Report of the Municipal Commissioner on the plague in Bombay for the year ending 31st May... - Volume 2
Disease focus: Plague
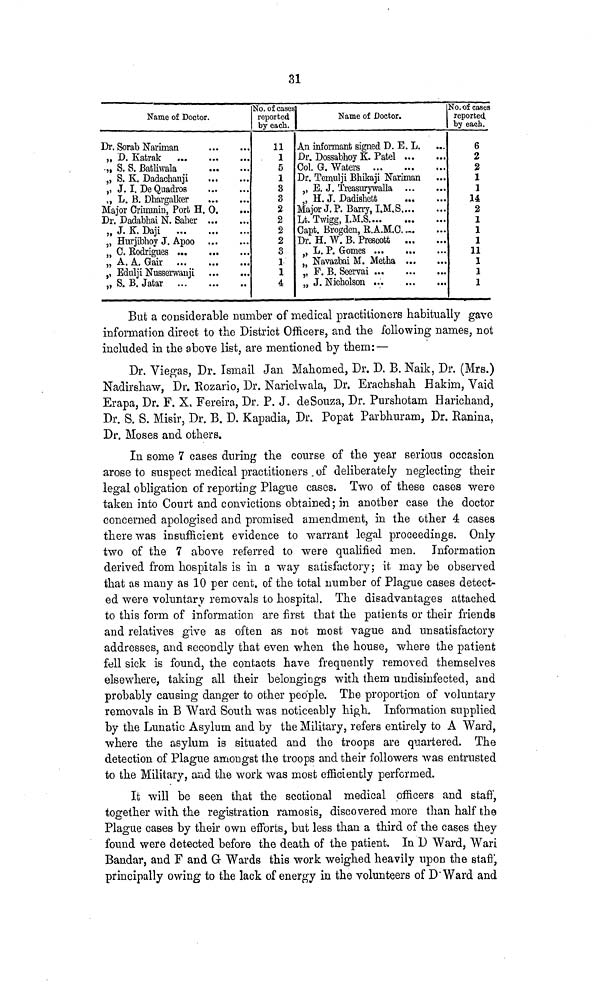
31
Name of Doctor.
Dr. Sorab Nariman
„ D. Katrak
-„ S. S. Batliwala
,, S. K. Dadachanji
,, J. I. DeQuadros
,, L. B. Dhargalker
..
Major Criimmin, Port H. O
Dr. Dadabhai N. Saher ..
„ J. K. Daji
„ Hurjibhoy J. Apoo ..
„ C. Rodrigues
„ A. A. Gair
,, Edulji Nusserwauji
„ S. B. Jatar
No. of cases
reported
by each.
11
1
5
1
3
3
2
2
2
2
3
1
1
4
Name of Doctor.
An informant signed D. E L.
Dr. Dossabhoy K. Patel
Col. G. Waters ...
Dr. Teinulji Bhikaji Nariman
,, E. J. Treasurywalla
, H. J. Dadishett
Major J. P. Barry, I.M.S.
Lt. Twigg, I.M.S....
Capt. Brogden, R.A.M.O.
Dr. H. W. B. Prescott
„ L. P. Gomes ...
,, Navazbai M. Metha
,, F. B. Seervai ...
„ J. Nicholson ...
No. of cases
reported,
by each.
6
2
2
1
1
14
2
1
1
1
11
1
1
1
But a considerable Dumber of medical practitioners habitually gave
information direct to the District Officers, and the following names, not
included in the above list, are mentioned by them: —
Dr. Viegas, Dr. Ismail Jan Mahomed, Dr. D. B. Naik, Dr. (Mrs.)
Nadirshaw, Dr. Rozario, Dr. Narielwala, Dr. Erachshah Hakim, Vaid
Erapa, Dr. F. X, Fereira, Dr. P. J. deSouza, Dr. Purshotam Earichand,
Dr. S. S. Misir, Dr. B. D. Kapadia, Dr. Popat Parbhuram, Dr. Ranina,
Dr. Moses and others.
In some 7 cases during the course of the year serious occasion
arose to suspect medical practitioners of deliberately neglecting their
legal obligation of reporting Plague cases. Two of these cases were
taken into Court and convictions obtained; in another case the doctor
concerned apologised and promised amendment, in the other 4 cases
there was insufficient evidence to warrant legal proceedings. Only
two of the 7 above referred to were qualified men. Information
derived from hospitals is in a way satisfactory; it may be observed
that as many as 10 per cent, of the total number of Plague cases detect-
ed were voluntary removals to hospital. The disadvantages attached
to this form of information are first that the patients or their friends
and relatives give as often as not most vague and unsatisfactory
addresses, and secondly that even when the house, where the patient
fell sick is found, the contacts have frequently removed themselves
elsewhere, taking all their belongings with them undisinfected, and
probably causing danger to other people. The proportion of voluntary
removals in B Ward South was noticeably high. Information supplied
by the Lunatic Asylum and by the Military, refers entirely to A Ward,
where the asylum is situated and the troops are quartered. The
detection of Plague amongst the troops and their followers was entrusted
to the Military, and the work was most efficiently performed.
It will be seen that the sectional medical officers and staff,
together with the registration ramosis, discovered more than half the
Plague cases by their own efforts, but less than a third of the cases they
found were detected before the death of the patient. In D Ward, Wari
Bandar, and F and G Wards this work weighed heavily upon the staff,
principally owing to the lack of energy in the volunteers of D Ward and